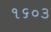
૧૬૦૩